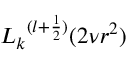
{ L _ { k } } ^ { ( l + { \frac { 1 } { 2 } } ) } ( 2 \nu r ^ { 2 } )